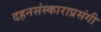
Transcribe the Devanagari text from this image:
दहनसंस्काराप्रसंगी